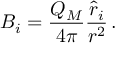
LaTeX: B _ { i } = { \frac { Q _ { M } } { 4 \pi } } { \frac { { \hat { r } } _ { i } } { r ^ { 2 } } } \, .